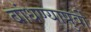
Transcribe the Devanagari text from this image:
बांधण्यापुर्वी